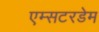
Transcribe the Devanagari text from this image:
एम्सटरडेम